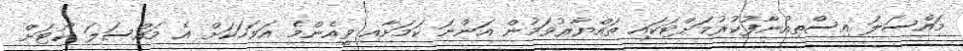
މައްސަލަ އިސްތިއުނާފުކުރުމަށްޓަކައި ތައްޔާރުވަމުން އަންނަ ކަމަށާއި ވީއެންމެ އަވަހަކަށް އެ މައްސަލަ ކޯޓަށް